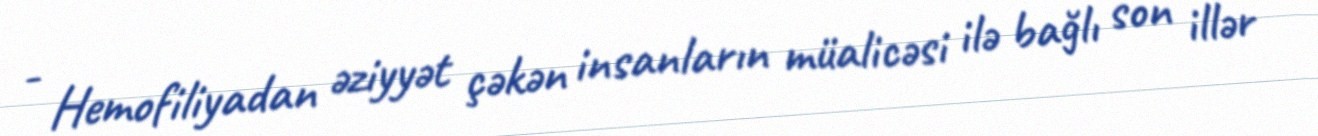
- Hemofiliyadan əziyyət çəkən insanların müalicəsi ilə bağlı son illər